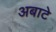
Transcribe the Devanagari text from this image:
अबाटे